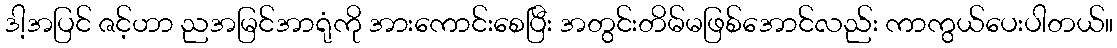
ဒါ့အပြင် ဇင့်ဟာ ညအမြင်အာရုံကို အားကောင်းစေပြီး အတွင်းတိမ်မဖြစ်အောင်လည်း ကာကွယ်ပေးပါတယ်။